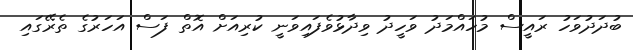
ބުދަދުވަހު ރައީސް މުހައްމަދު ވަހީދު ވިދާޅުވެފައިވަނީ ކުރިއަށް އޮތް ފަސް އަހަރުގެ ތެރޭގައި